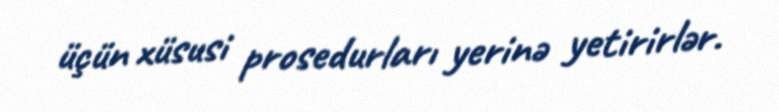
üçün xüsusi prosedurları yerinə yetirirlər.